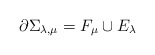
\begin{align*}\partial\Sigma_{\lambda,\mu}=F_{\mu}\cup E_{\lambda}\end{align*}